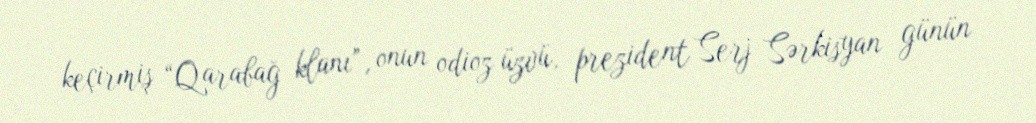
keçirmiş “Qarabağ klanı”, onun odioz üzvü, prezident Serj Sərkisyan günün